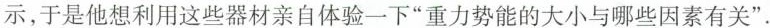
示，于是他想利用这些器材亲自体验一下”重力势能的大小与哪些因素有关”.